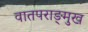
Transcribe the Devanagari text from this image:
वातपराङ्‌मुख